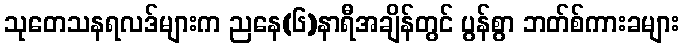
သုတေသနရလဒ်များက ညနေ(၆)နာရီအချိန်တွင် ပွန်စွာ ဘတ်စ်ကားခများ